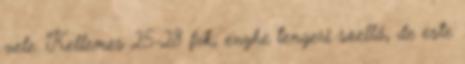
vele. Kellemes 25-28 fok, enyhe tengeri szellő, de este